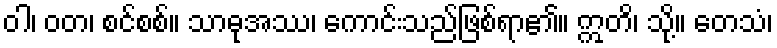
ဝါ၊ ဝတ၊ စင်စစ်။ သာဓုအဿ၊ ကောင်းသည်ဖြစ်ရာ၏။ ဣတိ၊ သို့။ တေသံ၊